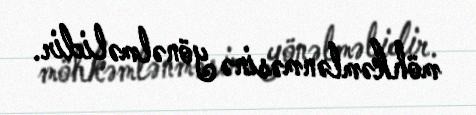
möhkəmlənməsinə yönəlməlidir.